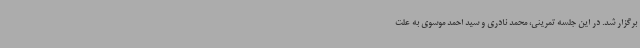
برگزار شد. در این جلسه تمرینی، محمد نادری و سید احمد موسوی به علت